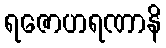
ရဇောဟရဏာနိ